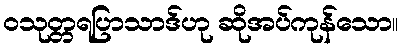
ဝသုတ္တရပြာသာဒ်ဟု ဆိုအပ်ကုန်သော။